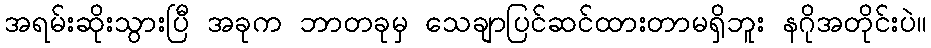
အရမ်းဆိုးသွားပြီ အခုက ဘာတခုမှ သေချာပြင်ဆင်ထားတာမရှိဘူး နဂိုအတိုင်းပဲ။